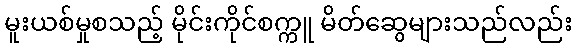
မူးယစ်မှုစသည့် မိုင်းကိုင်စက္ကူ မိတ်ဆွေများသည်လည်း